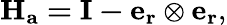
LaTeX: \mathbf{H_{a}=I-e_{r}\otimes e_{r}},